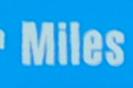
miles